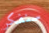
سنفكر